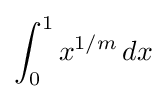
\int _{0}^{1}x^{1/m}\,dx